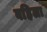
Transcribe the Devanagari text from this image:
वहिला